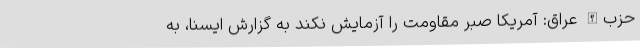
حزب‌الله عراق: آمریکا صبر مقاومت را آزمایش نکند به گزارش ایسنا، به